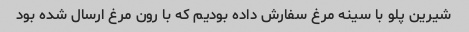
شیرین پلو با سینه مرغ سفارش داده بودیم که با رون مرغ ارسال شده بود